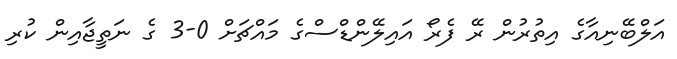
އަލްބޭނިއާގެ އިތުރުން ރޭ ފެރޯ އައިލޭންޑްސްގެ މައްޗަށް 0-3 ގެ ނަތީޖާއިން ކުރި